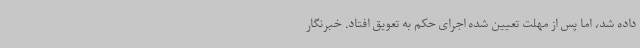
داده شد، اما پس از مهلت تعیین شده اجرای حکم به تعویق افتاد. خبرنگار